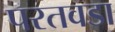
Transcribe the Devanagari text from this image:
परतवडा